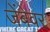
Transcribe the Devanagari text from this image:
जेंबेवर